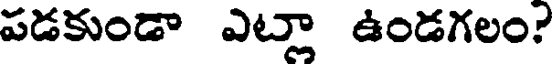
పడకుండా ఎట్లా ఉండగలం?